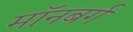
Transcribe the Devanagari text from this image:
मॉनबर्ग